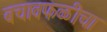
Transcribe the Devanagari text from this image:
बचावफळीचा